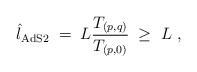
LaTeX: \begin{align*}{\hat l}_{\rm AdS2}\; = \; L { T_{(p,q)}\over T_{(p,0)} }\; \ge \; L \ ,\end{align*}